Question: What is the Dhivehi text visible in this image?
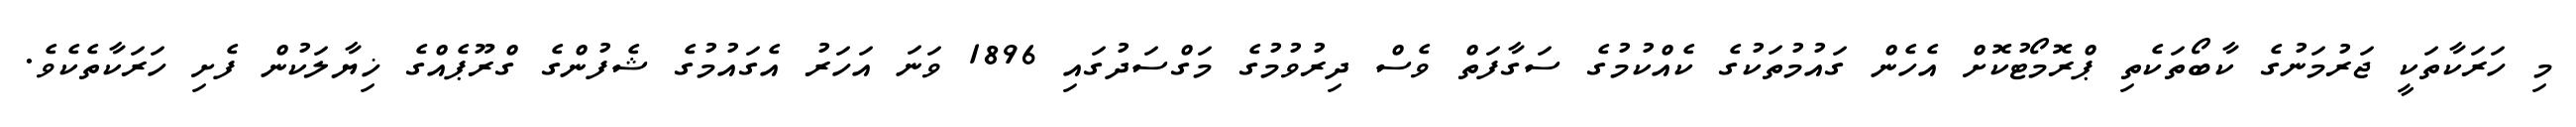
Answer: މި ހަރަކާތަކީ ޖަރުމަނުގެ ކާބޯތަކެތި ޕްރޮމޯޓުކޮށް އެހެން ގައުމުތަކުގެ ކެއްކުމުގެ ސަގާފަތް ވެސް ދިރުވުމުގެ މަގްސަދުގައި 1896 ވަނަ އަހަރު އެގައުމުގެ ޝެފުންގެ ގްރޫޕެއްގެ ޚިޔާލަކުން ފެށި ހަރަކާތެކެވެ.